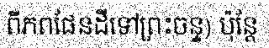
ពីភពផែនដីទៅព្រះចន្ទ) ប៉ុន្តែ